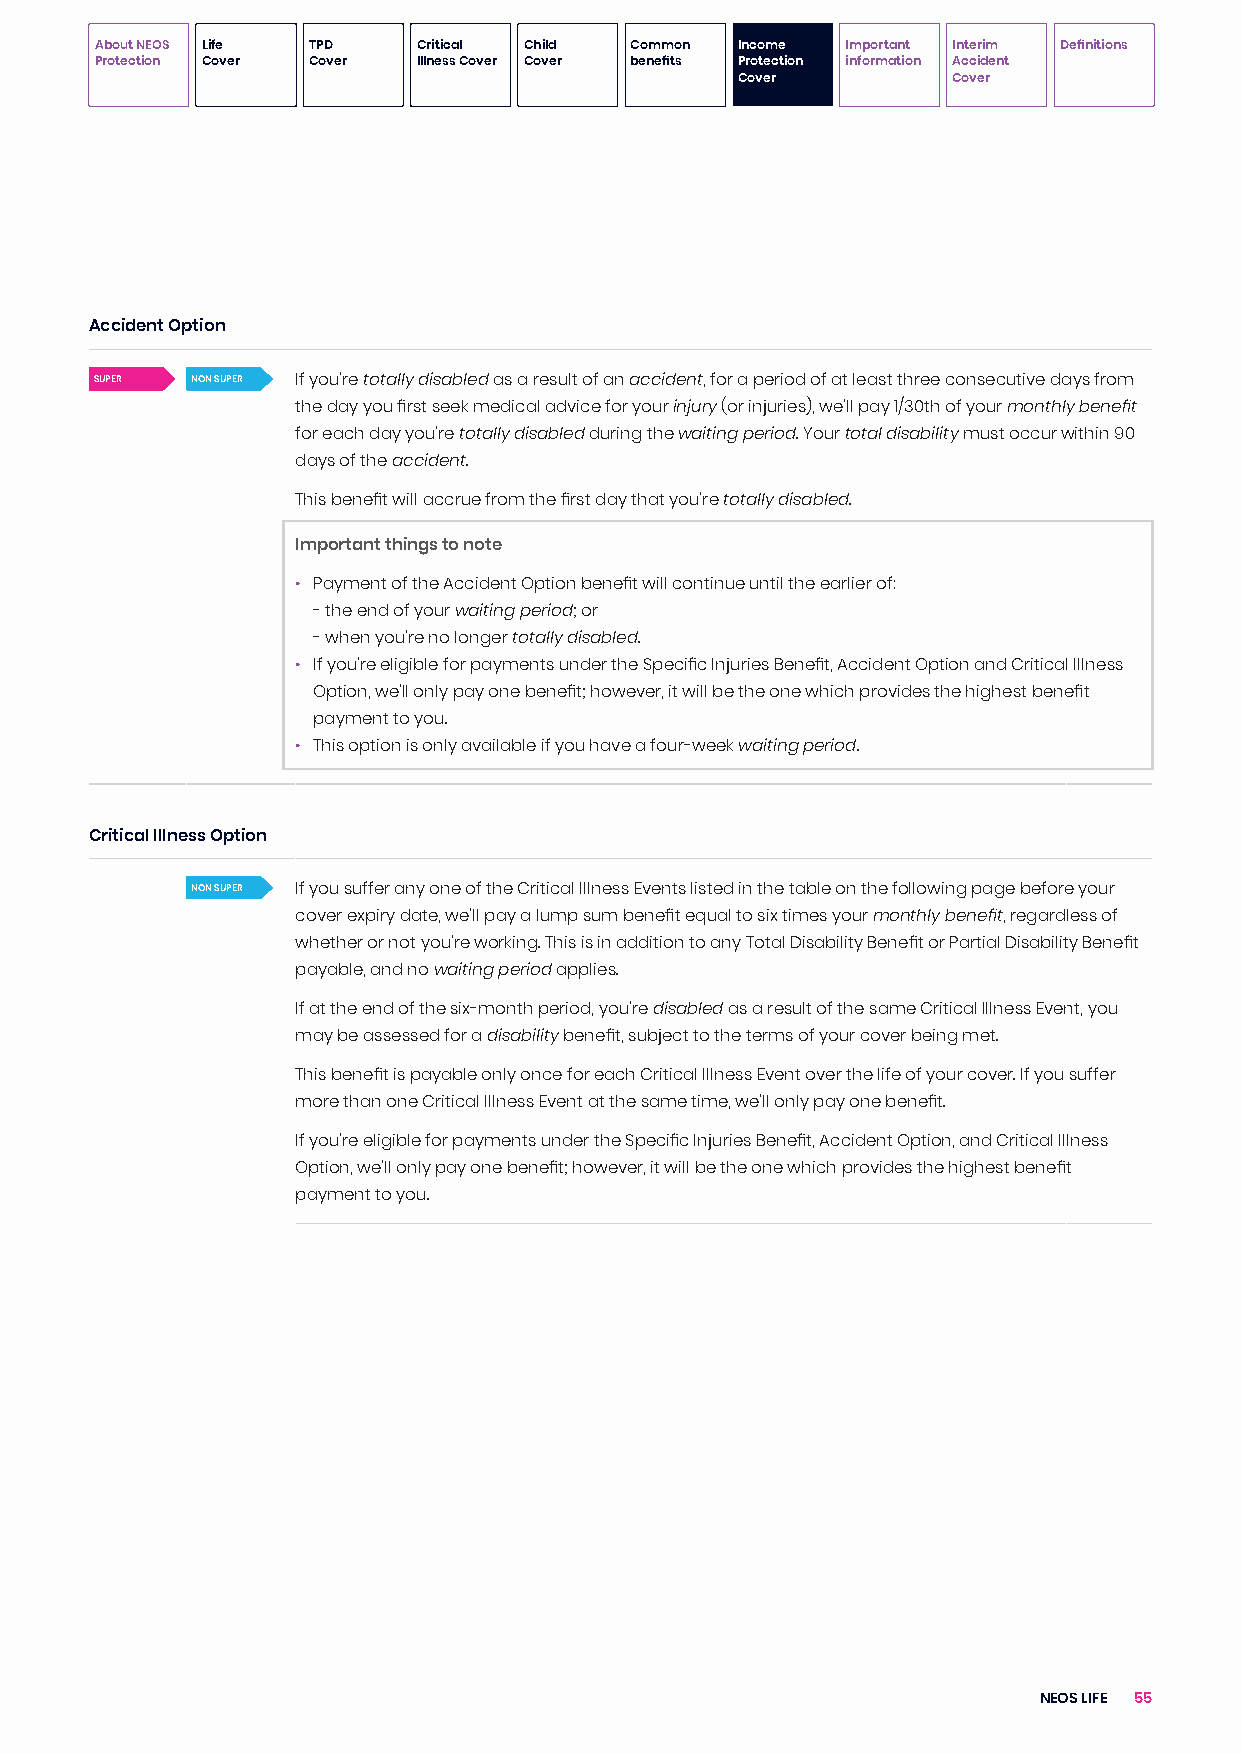
About NEOS Life TPD   Critical Child Common Income Important Interim Definitions
 Protection Cover Cover Illness Cover Cover benefits Protection information Accident
 Cover         Cover
 Accident Option
 SUPER  NON SUPER If you’re totally disabled as a result of an accident, for a period of at least three consecutive days from
 the day you first seek medical advice for your injury (or injuries), we’ll pay 1/30th of your monthly benefit
 for each day you’re totally disabled during the waiting period. Your total disability must occur within 90
 days of the accident.
 This benefit will accrue from the first day that you’re totally disabled.
 Important things to note
 • Payment of the Accident Option benefit will continue until the earlier of:
 - the end of your waiting period; or
 - when you’re no longer totally disabled.
 • If you’re eligible for payments under the Specific Injuries Benefit, Accident Option and Critical Illness
 Option, we’ll only pay one benefit; however, it will be the one which provides the highest benefit
 payment to you.
 • This option is only available if you have a four-week waiting period.
 Critical Illness Option
 NON SUPER If you suffer any one of the Critical Illness Events listed in the table on the following page before your
 cover expiry date, we’ll pay a lump sum benefit equal to six times your monthly benefit, regardless of
 whether or not you’re working. This is in addition to any Total Disability Benefit or Partial Disability Benefit
 payable, and no waiting period applies.
 If at the end of the six-month period, you’re disabled as a result of the same Critical Illness Event, you
 may be assessed for a disability benefit, subject to the terms of your cover being met.
 This benefit is payable only once for each Critical Illness Event over the life of your cover. If you suffer
 more than one Critical Illness Event at the same time, we’ll only pay one benefit.
 If you’re eligible for payments under the Specific Injuries Benefit, Accident Option, and Critical Illness
 Option, we’ll only pay one benefit; however, it will be the one which provides the highest benefit
 payment to you.
 NEOS LIFE 55